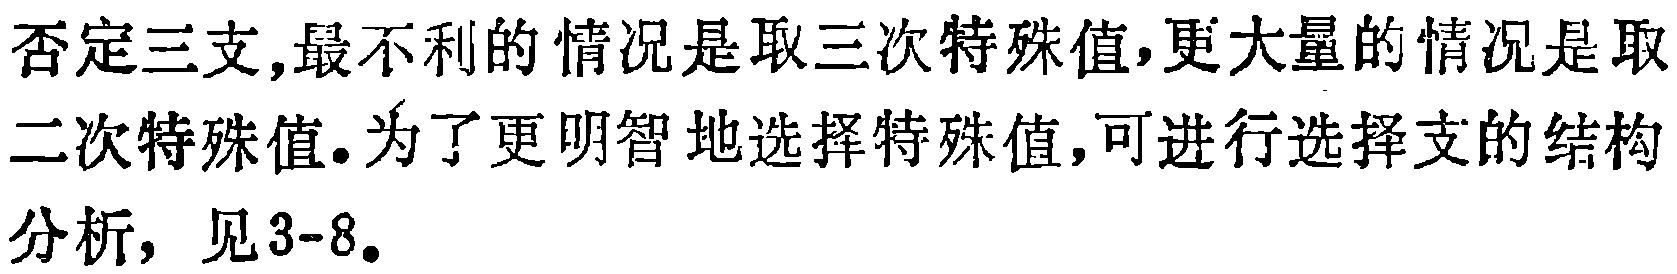
否定三支,最不利的情况是取三次特殊值,更大量的情况是取二次特殊值.为了更明智地选择特殊值,可进行选择支的结构分析，见3-8.